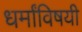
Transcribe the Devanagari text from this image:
धर्मांविषयी